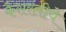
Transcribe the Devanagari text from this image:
कैसरलीचे